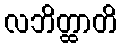
လဘိတ္ထာတိ